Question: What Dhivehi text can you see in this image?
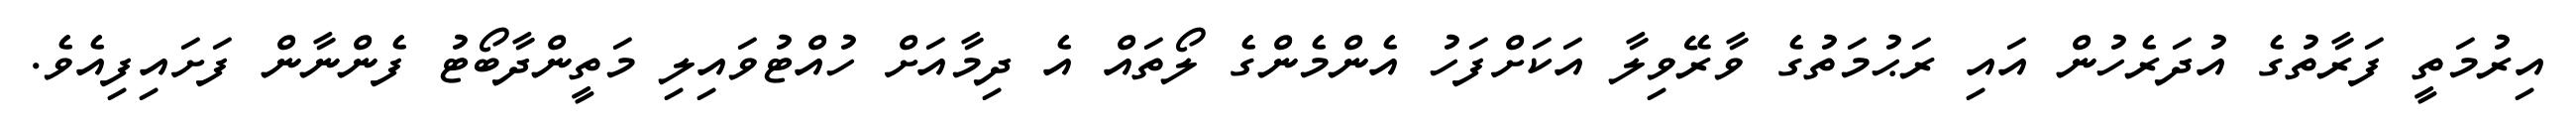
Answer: އިރުމަތީ ފަރާތުގެ އުދަރެހުން އައި ރަޙުމަތުގެ ވާރޭވިލާ އަކަށްފަހު އެންމެންގެ ލޯތައް އެ ދިމާއަށް ހުއްޓުވައިލި މަތީންދާބޯޓު ފެންނާން ފަށައިފިއެވެ.